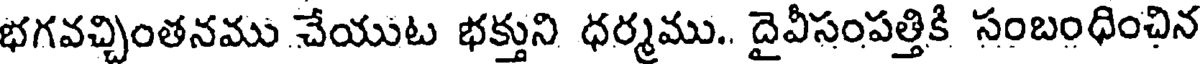
భగవచ్చింతనము చేయుట భక్తుని ధర్మము.. దైవీసంపత్తికి సంబంధించిన